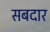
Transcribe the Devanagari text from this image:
सबदार